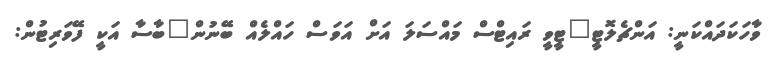
ވާހަކަދައްކަނީ: އަންޗެލޮޓީ"ޓީވީ ރައިޓްސް މައްސަލަ އަށް އަވަސް ހައްލެއް ބޭނުން"ބާސާ އަކީ ފޭވަރިޓުން: